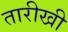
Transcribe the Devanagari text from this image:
तारीखी